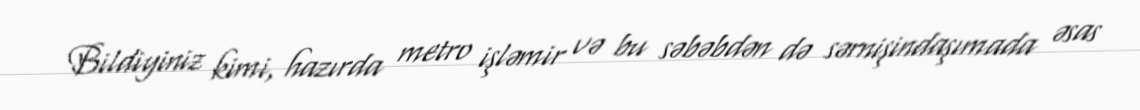
Bildiyiniz kimi, hazırda metro işləmir və bu səbəbdən də sərnişindaşımada əsas